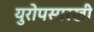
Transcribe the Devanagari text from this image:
युरोपसारखी